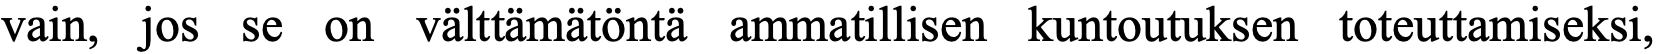
vain, jos se on välttämätöntä ammatillisen kuntoutuksen toteuttamiseksi,